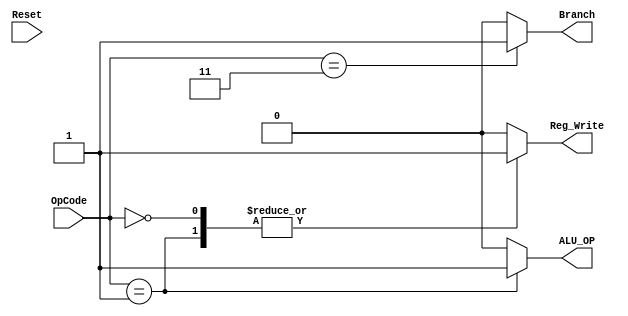
`timescale 1ns / 1ps
//////////////////////////////////////////////////////////////////////////////////
// Company: 
// Engineer: 
// 
// Design Name: 
// Module Name:    Control_Unit 
// Project Name: 
// Target Devices: 
// Tool versions: 
// Description: 
//
// Dependencies: 
//
// Revision: 
// Revision 0.01 - File Created
// Additional Comments: 
//
//////////////////////////////////////////////////////////////////////////////////
module Control_Unit(
    input[1:0] OpCode,
	 input Reset,
    output reg ALU_OP,
    output reg Reg_Write,
	 output reg Branch
    );
	
	always@(OpCode)
	 begin
		case(OpCode)
		2'b00: begin
						Branch = 0; // Not a branch instruction and take only last 3 digits to expand
						ALU_OP = 0; // Simple Addition
						Reg_Write = 1; // WriteBack is Needed
				 end
		2'b01: begin
						Branch = 0; // Not a branch instruction and take only last 3 digits to expand
						ALU_OP = 1; // Logical shift left
						Reg_Write = 1; // WriteBack is Needed
				 end
		2'b11: begin
						Branch = 1; // A branch instruction and take the last 6 digits to expand
						ALU_OP = 0; // Simple Addition
						Reg_Write = 0; // WriteBack is Needed
				 end	
		default
				begin
						Branch = 0; // Not A branch instruction and take only last 3 digits to expand
						ALU_OP = 0; // Simple Addition
						Reg_Write = 0; // WriteBack is Needed
				end
		endcase
	 end

endmodule